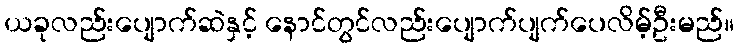
ယခုလည်းပျောက်ဆဲနှင့် နောင်တွင်လည်းပျောက်ပျက်ပေလိမ့်ဦးမည်။